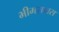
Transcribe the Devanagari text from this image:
भीमरावास